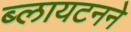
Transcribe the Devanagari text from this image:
ब्लायटनने